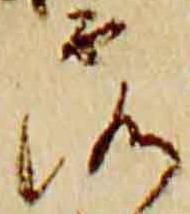
露